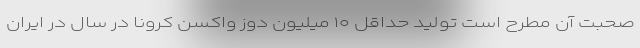
صحبت آن مطرح است تولید حداقل ۱۰ میلیون دوز واکسن کرونا در سال در ایران